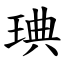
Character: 琠